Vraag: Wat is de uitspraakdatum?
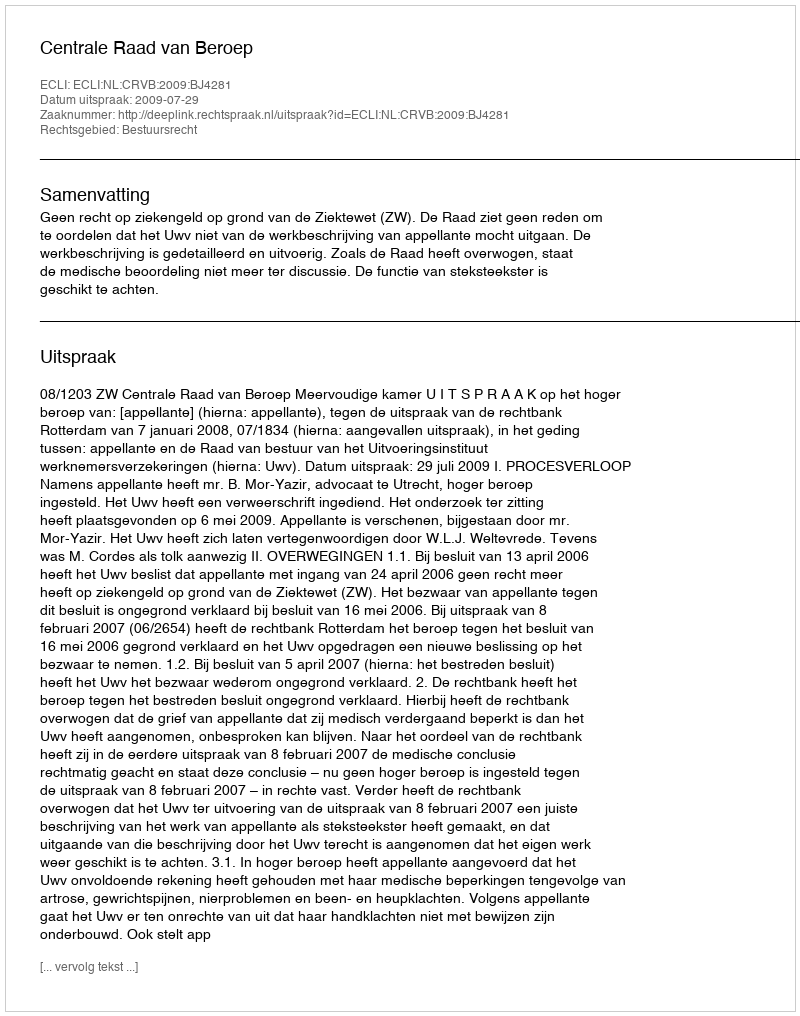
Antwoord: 2009-07-29